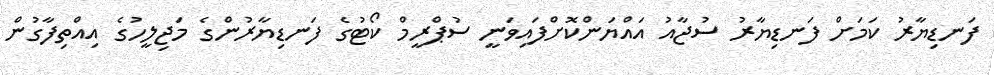
ފަނޑިޔާރު ކަމަށް ފަނޑިޔާރު ސުޖާއު އައްޔަންކޮށްފައިވަނީ ސުޕްރީމް ކޯޓުގެ ފަނޑިޔާރުންގެ މަޖިލީހުގެ އިއްތިފާގުން